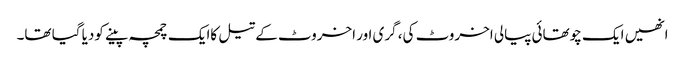
انھیں ایک چوتھائی پیالی اخروٹ کی، گری اور اخروٹ کے تیل کاایک چمچہ پینے کودیا گیا تھا۔